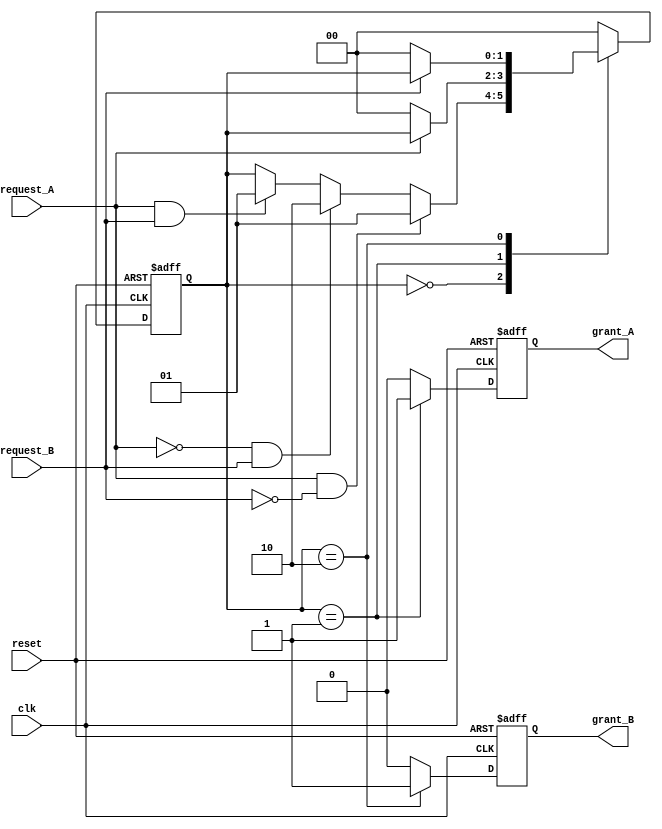
module mutual_exclusion_handshake (
    input wire clk,               // Clock signal
    input wire reset,             // Reset signal
    input wire request_A,         // Request signal from Process A
    input wire request_B,         // Request signal from Process B
    output reg grant_A,           // Grant signal for Process A
    output reg grant_B            // Grant signal for Process B
);

// State variables to indicate the current access state
reg [1:0] state;  // 00: Idle, 01: A granted, 10: B granted

// State encoding
localparam IDLE = 2'b00;
localparam A_GRANTED = 2'b01;
localparam B_GRANTED = 2'b10;

always @(posedge clk or posedge reset) begin
    if (reset) begin
        // Reset state
        state <= IDLE;
        grant_A <= 0;
        grant_B <= 0;
    end else begin
        // Default grant signals
        grant_A <= 0;
        grant_B <= 0;

        case (state)
            IDLE: begin
                if (request_A && !request_B) begin
                    state <= A_GRANTED;
                end else if (!request_A && request_B) begin
                    state <= B_GRANTED;
                end else if (request_A && request_B) begin
                    // Both requests received, grant priority to A
                    state <= A_GRANTED;
                end
            end

            A_GRANTED: begin
                grant_A <= 1; // Grant access to Process A
                if (!request_A) begin
                    state <= IDLE; // Release access when A is done
                end
            end

            B_GRANTED: begin
                grant_B <= 1; // Grant access to Process B
                if (!request_B) begin
                    state <= IDLE; // Release access when B is done
                end
            end

            default: state <= IDLE; // Fallback to IDLE state
        endcase
    end
end

endmodule